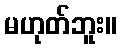
မဟုတ်ဘူး။